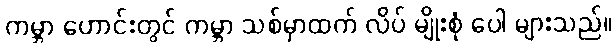
ကမ္ဘာ ဟောင်းတွင် ကမ္ဘာ သစ်မှာထက် လိပ် မျိုးစုံ ပေါ များသည်။